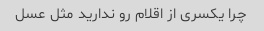
چرا یکسری از اقلام رو ندارید مثل عسل